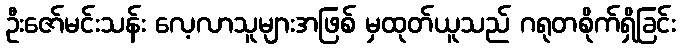
ဦးဇော်မင်းသန်း လေ့လာသူများအဖြစ် မှထုတ်ယူသည် ဂရုတစိုက်ရှိခြင်း